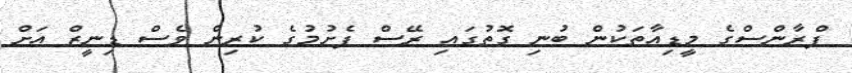
ފްރާންސްގެ މީޑިއާތަކުން ބުނި ގޮތުގައި ރޭސް ފެށުމުގެ ކުރިން ވެސް ޑިނީޒް އަށް